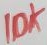
Text: 10K